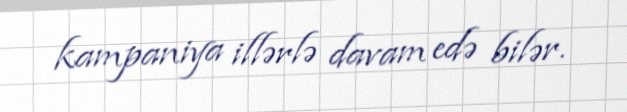
kampaniya illərlə davam edə bilər.